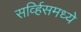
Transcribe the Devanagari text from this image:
सर्व्हिसमध्ये